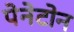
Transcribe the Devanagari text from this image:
पेनेटोन